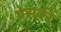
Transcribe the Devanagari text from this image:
प्रेसकी